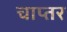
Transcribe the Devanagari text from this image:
चाप्तर